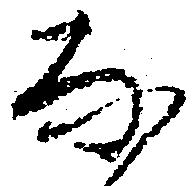
な